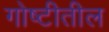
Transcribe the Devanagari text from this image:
गोष्टीतील